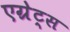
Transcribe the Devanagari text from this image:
एग्रेट्स